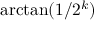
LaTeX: \arctan ( 1 / 2 ^ { k } )